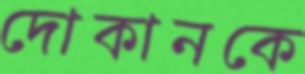
দোকানকে